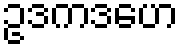
ဥဒကဒဟေ